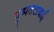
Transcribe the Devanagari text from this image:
पुष्पलताबाई